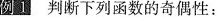
例1 判断下列函数的奇偶性：